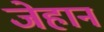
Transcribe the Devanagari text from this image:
जेहान